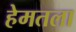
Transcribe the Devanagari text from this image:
हेमतला